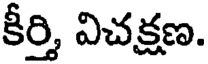
కీర్తి, విచక్షణ.